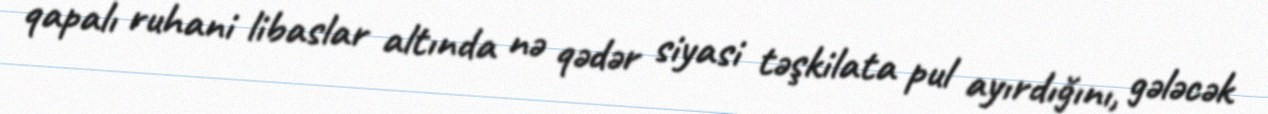
qapalı ruhani libaslar altında nə qədər siyasi təşkilata pul ayırdığını, gələcək